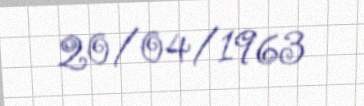
20/04/1963